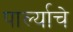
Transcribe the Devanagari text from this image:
पार्ल्याचे